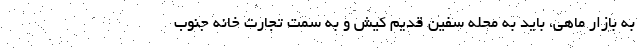
به بازار ماهی، باید به محله سفین قدیم کیش و به سمت تجارت ‌خانه جنوب